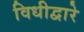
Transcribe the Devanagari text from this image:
विधीद्वारे